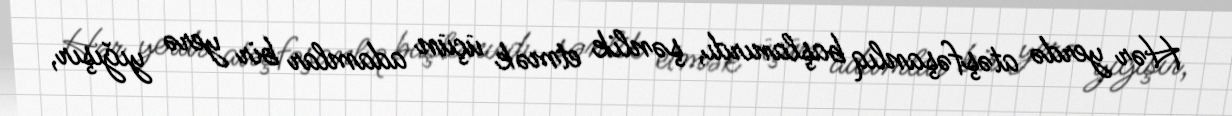
Hər yerdə atəşfəşanlıq başlanırdı, şənlik etmək üçün adamlar bir yerə yığışır,